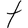
Character: t